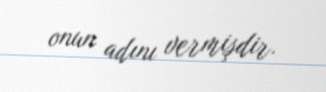
onun adını vermişdir.